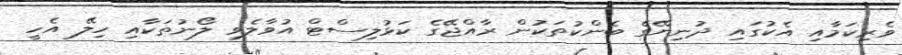
ވެރިކަމާއި އެކުގައި ދުނިޔޭގެ ބެންކުތަކުން ރާއްޖޭގެ ކަޅުލިސްޓް އުވާލެވި ލޯނުތަކާއި ހިލޭ އެހީ